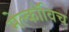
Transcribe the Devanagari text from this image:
मेल्काॅविच